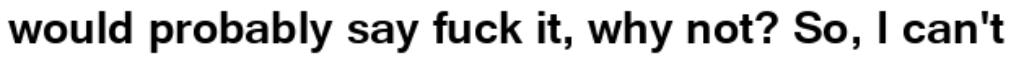
would probably say fuck it, why not? So, I can't